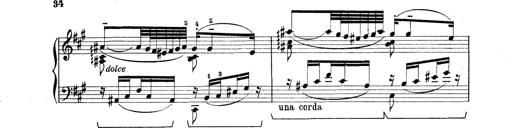
Title: Rapsodie: 19 ungheresi, 1 spagnuola
Composer: Franz Liszt